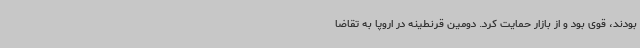
بودند، قوی بود و از بازار حمایت کرد. دومین قرنطینه در اروپا به تقاضا